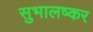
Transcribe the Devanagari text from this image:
सुभालष्कर